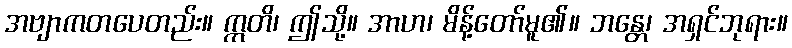
အဗျာကတပေတည်း။ ဣတိ၊ ဤသို့။ အာဟ၊ မိန့်တော်မူ၏။ ဘန္တေ၊ အရှင်ဘုရား။